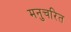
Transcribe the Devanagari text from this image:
मनुचरित